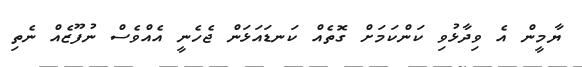
ޔާމީން އެ ވިދާޅުވި ކަންކަމަށް ގޮތެއް ކަނޑައަޅަން ޖެހެނީ އެއްވެސް ނުފޫޒެއް ނެތި